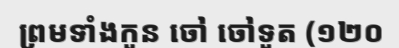
ព្រមទាំងកូន ចៅ ចៅទួត (១២០